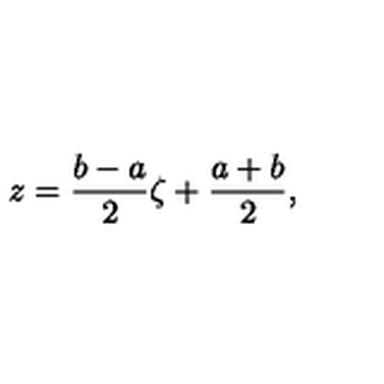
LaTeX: z = { \frac { b - a } { 2 } } \zeta + { \frac { a + b } { 2 } } ,